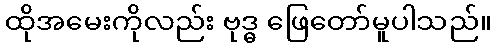
ထိုအမေးကိုလည်း ဗုဒ္ဓ ဖြေတော်မူပါသည်။